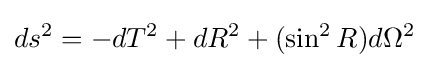
ds^{2}=-dT^{2}+dR^{2}+(\sin ^{2}R)d\Omega ^{2}